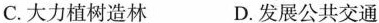
C.大力植树造林 D.发展公共交通